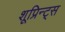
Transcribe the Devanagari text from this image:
शूप्रिन्ट्स